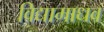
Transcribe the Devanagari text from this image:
विद्यामाधव